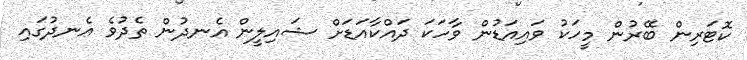
ކޮޓަރިން ބޭރުން މީހަކު ވައިއަޑުން ވާހަކަ ދައްކާއަޑަށް ޝައިލީން އެނދުން ތެދުވެ އެނދުގައި